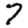
Digit: 7